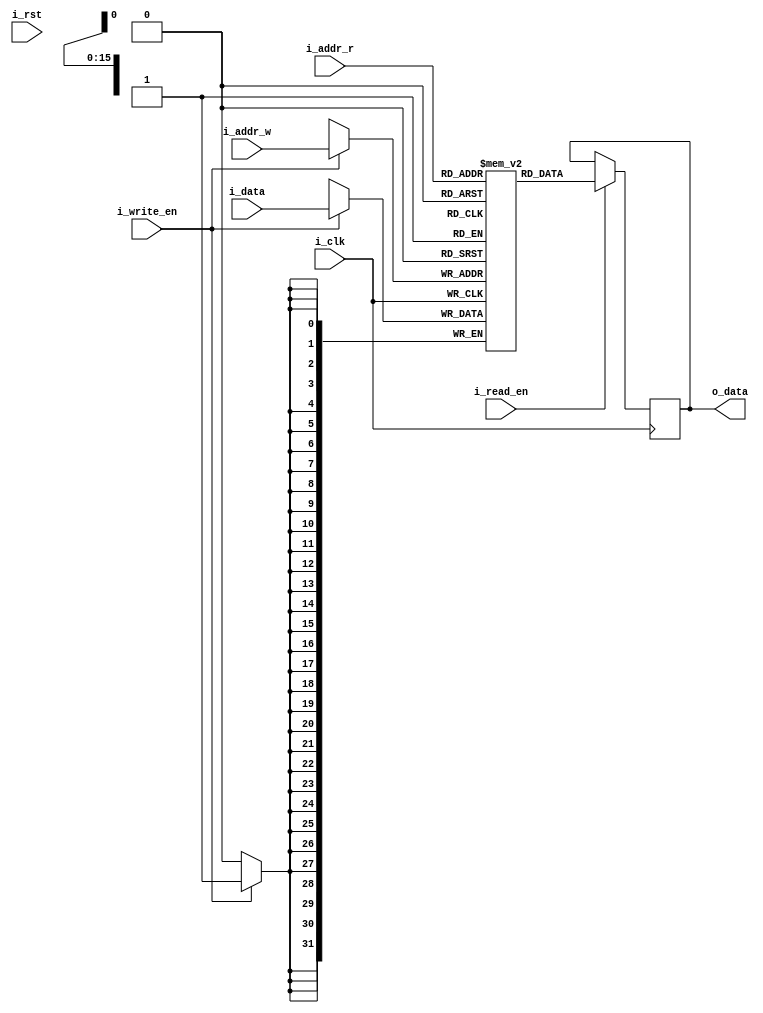
`timescale 1ns / 1ps
//qmax values stored on BRAM
//width depends on range of q value, depth depends on number of states 
module qmaxtable #(parameter ADDR_WIDTH = 16, DATA_WIDTH = 32, DEPTH = 65536) (
    input wire i_clk,
    input wire i_rst,
    input wire [ADDR_WIDTH-1:0] i_addr_r, 
    input wire [ADDR_WIDTH-1:0] i_addr_w, 
    input wire i_read_en,
    input wire i_write_en,
    input wire [DATA_WIDTH-1:0] i_data,
    output reg [DATA_WIDTH-1:0] o_data
    //output reg [DATA_WIDTH-1:0] o_data2 
    ); 
    integer i;
    reg [DATA_WIDTH-1:0] memory_array [0:DEPTH-1]; 
   
    always @ (posedge i_clk)
    begin
            /*if (i_rst) begin
             memory_array[0] <= 0;
                for (i=0;i<DEPTH;i=i+1) begin
                    memory_array[i] <= {DATA_WIDTH{1'b0}};
                end
            end*/
            if(i_write_en) begin
                memory_array[i_addr_w] <= i_data;
            end
            if(i_read_en) begin
                o_data <= memory_array[i_addr_r];
            end     
    end
endmodule